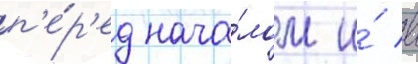
п'е́р'ед нача́лом и́ в